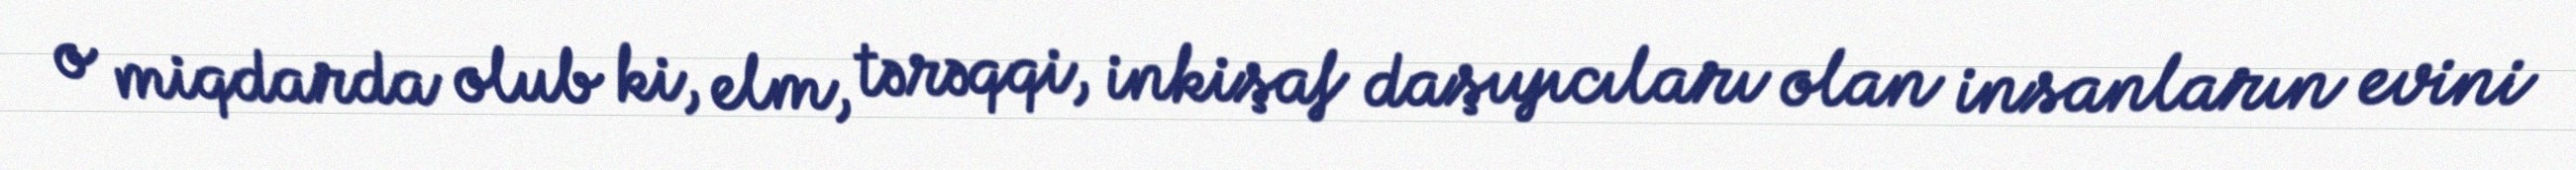
o miqdarda olub ki, elm, tərəqqi, inkişaf daşıyıcıları olan insanların evini